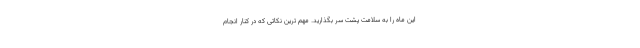
این ماه را به سلامت پشت سر بگذارید. مهم ترین نکاتی که در کنار انجام